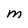
Character: M